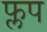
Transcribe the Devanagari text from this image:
फ्लप